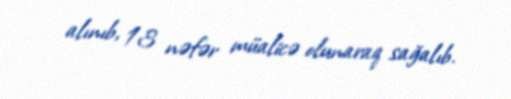
alınıb, 13 nəfər müalicə olunaraq sağalıb.